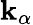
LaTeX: \mathbf{k}_{\alpha}